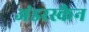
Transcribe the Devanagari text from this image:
अंडरस्कैन